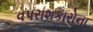
વપરાશકારોના